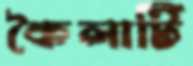
কৈলাটি